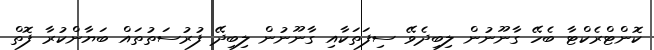
ކޮންޓްރެކްޓާ ބެހޭ ގާނޫނުން ލިބިދެވޭ ސިފަތަކާއި ގާނޫނުން ލިބިދޭ ފުރުސަތުތައް ބަޔާންކުރާ ފޮތް